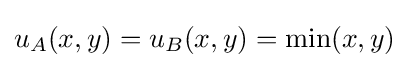
u_{A}(x,y)=u_{B}(x,y)=\min(x,y)